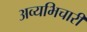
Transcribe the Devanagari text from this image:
अव्यभिचारी